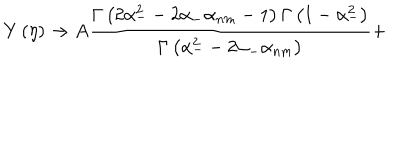
Y \left( \eta \right) \rightarrow A \frac { \Gamma \left( 2 \alpha _ { - } ^ { 2 } - 2 \alpha _ { - } \alpha _ { n m } - 1 \right) \Gamma \left( 1 - \alpha _ { - } ^ { 2 } \right) } { \Gamma \left( \alpha _ { - } ^ { 2 } - 2 \alpha _ { - } \alpha _ { n m } \right) } +